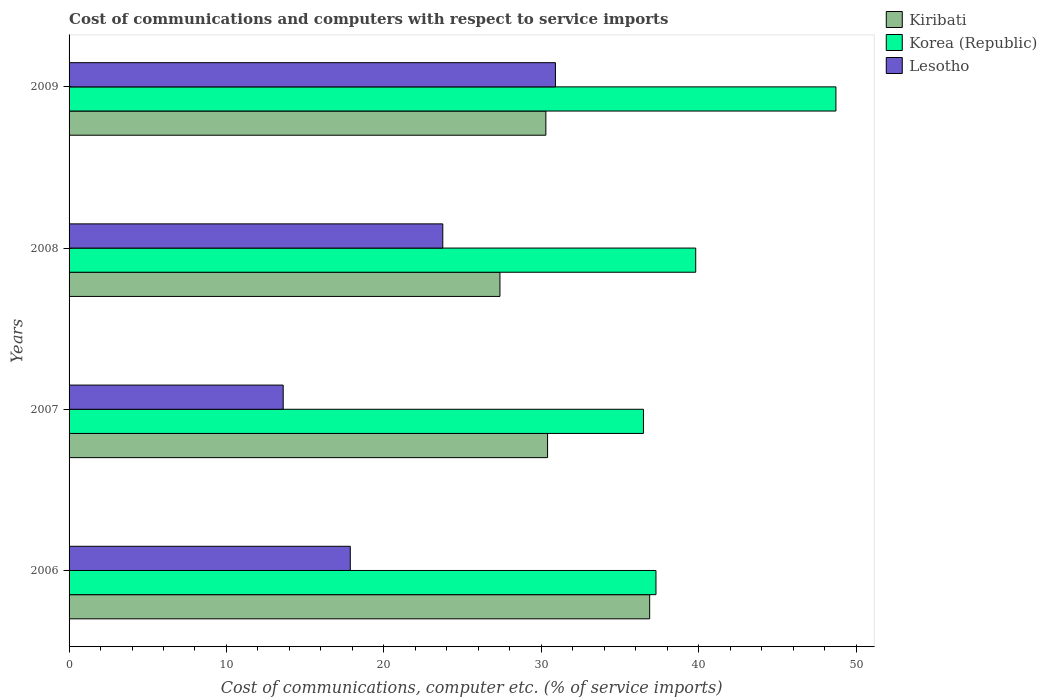
| Years | Kiribati | Korea (Republic) | Lesotho |
 | --- | --- | --- | --- |
 | 2006 | 36.9 | 37.3 | 17.9 |
 | 2007 | 30.4 | 36.5 | 13.6 |
 | 2008 | 27.4 | 39.8 | 23.7 |
 | 2009 | 30.3 | 48.7 | 30.9 |